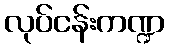
လုပ်ငန်းကဏ္ဍ